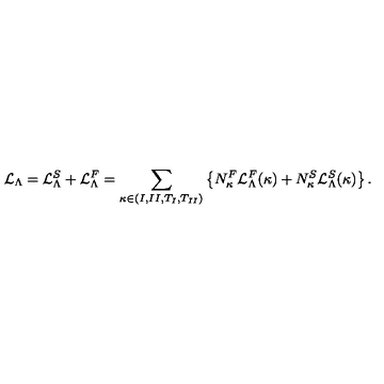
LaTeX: { \cal L } _ { \Lambda } = { \cal L } _ { \Lambda } ^ { S } + { \cal L } _ { \Lambda } ^ { F } = \sum _ { \kappa \in { ( I , I I , T _ { I } , T _ { I I } ) } } \left\{ N _ { \kappa } ^ { F } { \cal L } _ { \Lambda } ^ { F } ( \kappa ) + N _ { \kappa } ^ { S } { \cal L } _ { \Lambda } ^ { S } ( \kappa ) \right\} .